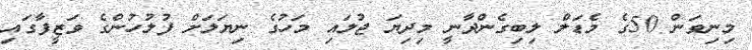
މިނިވަން 50ގެ މެޑަލް ލިބިގެންދާނީ މިދިޔަ ޖުލައި މަހުގެ ނިޔަލަށް ފުލުހުންގެ ވަޒީފާގައި